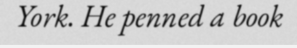
York. He penned a book